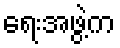
ရေးအဖွဲ့က